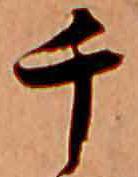
千